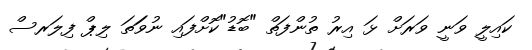
ކައިލީ ވަނީ ވަރަށް ޅަ އިރު ތުންފަތް "ބޮޑު"ކޮށްފައި ނުވަަތަ ލިޕް ފިލަރސް